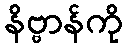
နိဗ္ဗာန်ကို